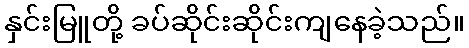
နှင်းမြူတို့ ခပ်ဆိုင်းဆိုင်းကျနေခဲ့သည်။